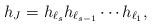
LaTeX: \begin{align*}h_J=h_{\ell_s}h_{\ell_{s-1}}\cdots h_{\ell_1},\end{align*}